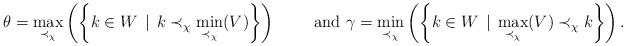
LaTeX: \begin{align*}\theta = \max_{\prec_\chi}\left(\left\{k \in W \, \mid \, k \prec_\chi \min_{\prec_\chi}(V)\right\}\right) \qquad\mbox{ and } \gamma = \min_{\prec_\chi}\left(\left\{k \in W \, \mid \, \max_{\prec_\chi}(V) \prec_\chi k\right\}\right).\end{align*}